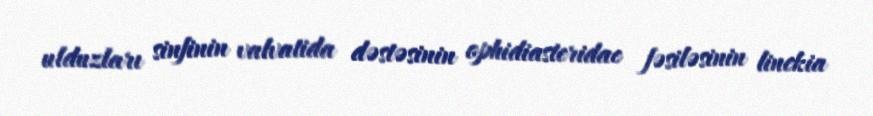
ulduzları sinfinin valvatida dəstəsinin ophidiasteridae fəsiləsinin linckia